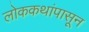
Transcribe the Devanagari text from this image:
लोककथांपासून